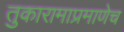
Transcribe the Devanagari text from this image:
तुकारामाप्रमाणेच